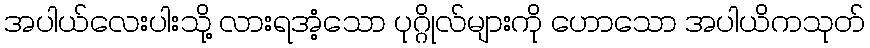
အပါယ်လေးပါးသို့ လားရအံ့သော ပုဂ္ဂိုလ်များကို ဟောသော အပါယိကသုတ်